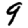
Digit: 9